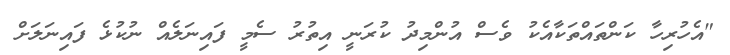
"އެހުރިހާ ކަންތައްތަކާއެކު ވެސް އުންމިދު ކުރަނީ އިތުރު ސެމީ ފައިނަލެއް ނުކުޅެ ފައިނަލަށް